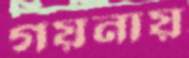
গয়নায়